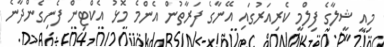
މިއީ ޝީލާގެ ފިލްމީ ކެރިއަރުގައި އޭނާގެ ފަރާތުން އެންމެ މޮޅު އެކްޓިން ފެނިގެންދާނެ